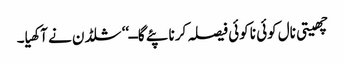
چھیتی نال کوئی نا کوئی فیصلہ کرنا پئے گا ــ‘‘ شلڈن نے آکھیا۔